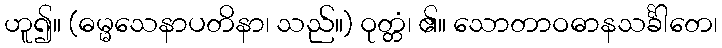
ဟူ၍။ (ဓမ္မသေနာပတိနာ၊ သည်။) ဝုတ္တံ၊ ၏။ သောတာဝဓာနသင်္ခါတေ၊